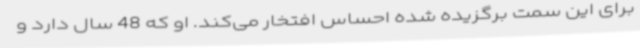
برای این سمت برگزیده شده احساس افتخار می‌کند. او که 48 سال دارد و